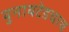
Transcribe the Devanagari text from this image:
युनायटेडचाच